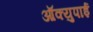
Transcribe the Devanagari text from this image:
ऑक्युपाई